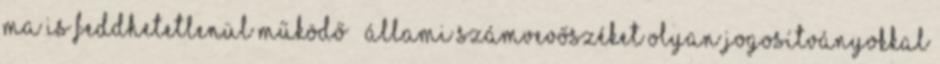
ma is feddhetetlenül működő – Állami Számvevőszéket olyan jogosítványokkal